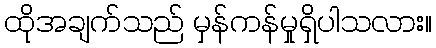
ထိုအချက်သည် မှန်ကန်မှုရှိပါသလား။